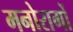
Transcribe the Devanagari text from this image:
मनोरागों